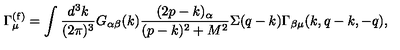
\Gamma _ { \mu } ^ { ( \mathrm { f ) } } = \int { \frac { d ^ { 3 } k } { ( 2 \pi ) ^ { 3 } } } G _ { \alpha \beta } ( k ) { \frac { ( 2 p - k ) _ { \alpha } } { ( p - k ) ^ { 2 } + M ^ { 2 } } } \Sigma ( q - k ) \Gamma _ { \beta \mu } ( k , q - k , - q ) ,